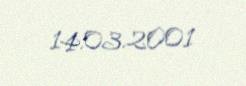
14.03.2001